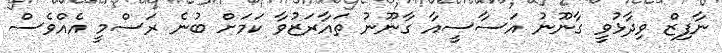
ނާފިޒް ވިދާޅުވީ ގާނޫނު އަސާސީއާ ގާނޫނު ތައާރަޒުވާ ކަމަށް ބުނެ ރަސްމީ އެއްވެސް